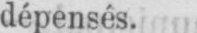
dépensés.